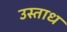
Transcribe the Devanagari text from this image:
उस्ताध